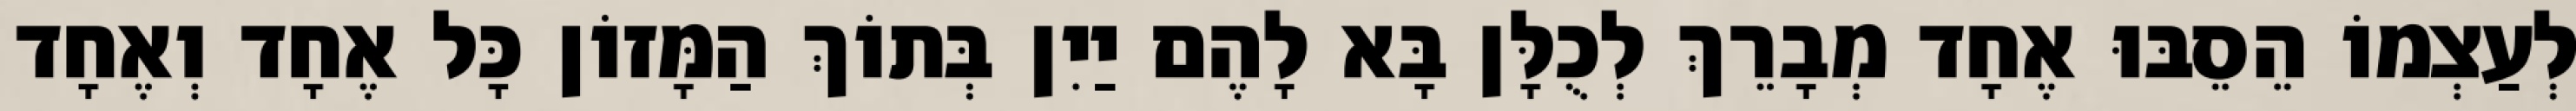
לְעַצְמוֹ הֵסֵבּוּ אֶחָד מְבָרֵךְ לְכֻלָּן בָּא לָהֶם יַיִן בְּתוֹךְ הַמָּזוֹן כָּל אֶחָד וְאֶחָד